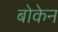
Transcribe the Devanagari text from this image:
बोकेन